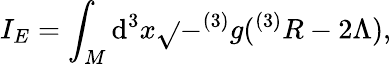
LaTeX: I_{E}=\int_{M}\mathrm{d}^{3}x\sqrt{}{{-^{(3)}g}}(^{(3)}R-2\Lambda),